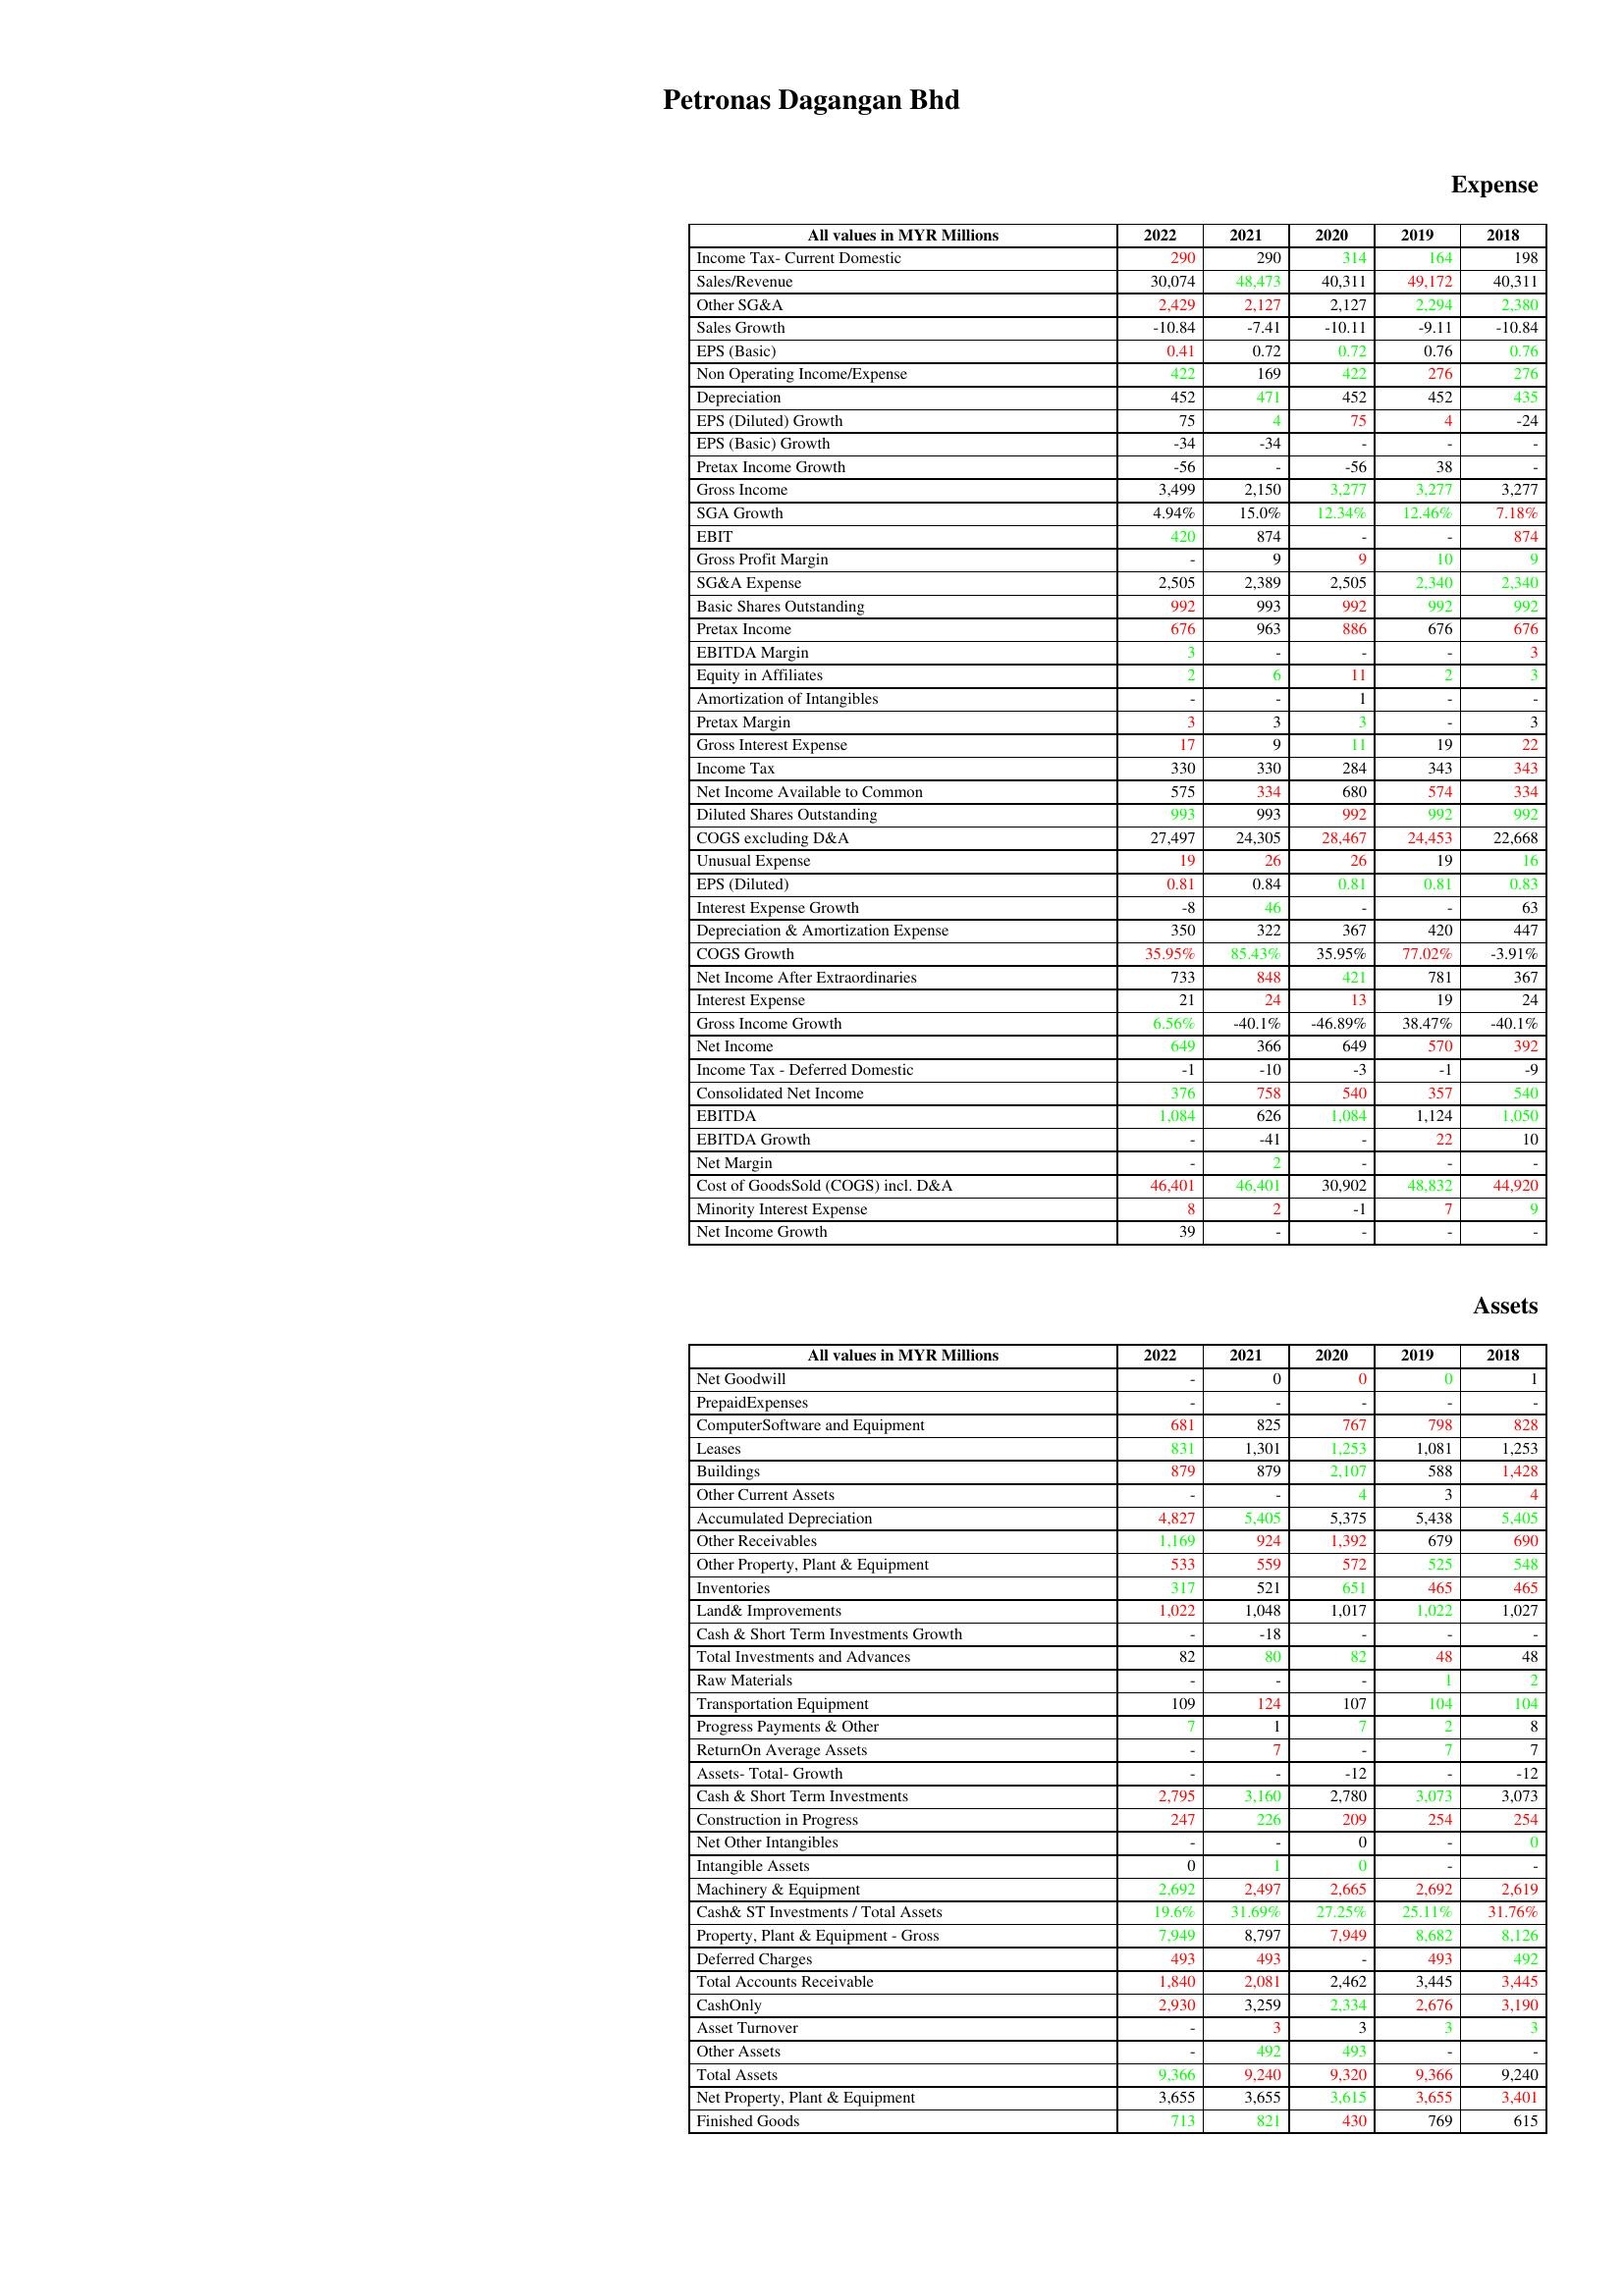
gt_parse: 2022: Expense: Income Tax- Current Domestic: 290
Sales/Revenue: 30,074
Other SG&A: 2,429
Sales Growth: -10.84
EPS (Basic): 0.41
Non Operating Income/Expense: 422
Depreciation: 452
EPS (Diluted) Growth: 75
EPS (Basic) Growth: -34
Pretax Income Growth: -56
Gross Income: 3,499
SGA Growth: 4.94%
EBIT: 420
Gross Profit Margin: -
SG&A Expense: 2,505
Basic Shares Outstanding: 992
Pretax Income: 676
EBITDA Margin: 3
Equity in Affiliates: 2
Amortization of Intangibles: -
Pretax Margin: 3
Gross Interest Expense: 17
Income Tax: 330
Net Income Available to Common: 575
Diluted Shares Outstanding: 993
COGS excluding D&A: 27,497
Unusual Expense: 19
EPS (Diluted): 0.81
Interest Expense Growth: -8
Depreciation & Amortization Expense: 350
COGS Growth: 35.95%
Net Income After Extraordinaries: 733
Interest Expense: 21
Gross Income Growth: 6.56%
Net Income: 649
Income Tax - Deferred Domestic: -1
Consolidated Net Income: 376
EBITDA: 1,084
EBITDA Growth: -
Net Margin: -
Cost of GoodsSold (COGS) incl. D&A: 46,401
Minority Interest Expense: 8
Net Income Growth: 39
Assets: Net Goodwill: -
PrepaidExpenses: -
ComputerSoftware and Equipment: 681
Leases: 831
Buildings: 879
Other Current Assets: -
Accumulated Depreciation: 4,827
Other Receivables: 1,169
Other Property, Plant & Equipment: 533
Inventories: 317
Land& Improvements: 1,022
Cash & Short Term Investments Growth: -
Total Investments and Advances: 82
Raw Materials: -
Transportation Equipment: 109
Progress Payments & Other: 7
ReturnOn Average Assets: -
Assets- Total- Growth: -
Cash & Short Term Investments: 2,795
Construction in Progress: 247
Net Other Intangibles: -
Intangible Assets: 0
Machinery & Equipment: 2,692
Cash& ST Investments / Total Assets: 19.6%
Property, Plant & Equipment - Gross : 7,949
Deferred Charges: 493
Total Accounts Receivable: 1,840
CashOnly: 2,930
Asset Turnover: -
Other Assets: -
Total Assets: 9,366
Net Property, Plant & Equipment: 3,655
Finished Goods: 713
2021: Expense: Income Tax- Current Domestic: 290
Sales/Revenue: 48,473
Other SG&A: 2,127
Sales Growth: -7.41
EPS (Basic): 0.72
Non Operating Income/Expense: 169
Depreciation: 471
EPS (Diluted) Growth: 4
EPS (Basic) Growth: -34
Pretax Income Growth: -
Gross Income: 2,150
SGA Growth: 15.0%
EBIT: 874
Gross Profit Margin: 9
SG&A Expense: 2,389
Basic Shares Outstanding: 993
Pretax Income: 963
EBITDA Margin: -
Equity in Affiliates: 6
Amortization of Intangibles: -
Pretax Margin: 3
Gross Interest Expense: 9
Income Tax: 330
Net Income Available to Common: 334
Diluted Shares Outstanding: 993
COGS excluding D&A: 24,305
Unusual Expense: 26
EPS (Diluted): 0.84
Interest Expense Growth: 46
Depreciation & Amortization Expense: 322
COGS Growth: 85.43%
Net Income After Extraordinaries: 848
Interest Expense: 24
Gross Income Growth: -40.1%
Net Income: 366
Income Tax - Deferred Domestic: -10
Consolidated Net Income: 758
EBITDA: 626
EBITDA Growth: -41
Net Margin: 2
Cost of GoodsSold (COGS) incl. D&A: 46,401
Minority Interest Expense: 2
Net Income Growth: -
Assets: Net Goodwill: 0
PrepaidExpenses: -
ComputerSoftware and Equipment: 825
Leases: 1,301
Buildings: 879
Other Current Assets: -
Accumulated Depreciation: 5,405
Other Receivables: 924
Other Property, Plant & Equipment: 559
Inventories: 521
Land& Improvements: 1,048
Cash & Short Term Investments Growth: -18
Total Investments and Advances: 80
Raw Materials: -
Transportation Equipment: 124
Progress Payments & Other: 1
ReturnOn Average Assets: 7
Assets- Total- Growth: -
Cash & Short Term Investments: 3,160
Construction in Progress: 226
Net Other Intangibles: -
Intangible Assets: 1
Machinery & Equipment: 2,497
Cash& ST Investments / Total Assets: 31.69%
Property, Plant & Equipment - Gross : 8,797
Deferred Charges: 493
Total Accounts Receivable: 2,081
CashOnly: 3,259
Asset Turnover: 3
Other Assets: 492
Total Assets: 9,240
Net Property, Plant & Equipment: 3,655
Finished Goods: 821
2020: Expense: Income Tax- Current Domestic: 314
Sales/Revenue: 40,311
Other SG&A: 2,127
Sales Growth: -10.11
EPS (Basic): 0.72
Non Operating Income/Expense: 422
Depreciation: 452
EPS (Diluted) Growth: 75
EPS (Basic) Growth: -
Pretax Income Growth: -56
Gross Income: 3,277
SGA Growth: 12.34%
EBIT: -
Gross Profit Margin: 9
SG&A Expense: 2,505
Basic Shares Outstanding: 992
Pretax Income: 886
EBITDA Margin: -
Equity in Affiliates: 11
Amortization of Intangibles: 1
Pretax Margin: 3
Gross Interest Expense: 11
Income Tax: 284
Net Income Available to Common: 680
Diluted Shares Outstanding: 992
COGS excluding D&A: 28,467
Unusual Expense: 26
EPS (Diluted): 0.81
Interest Expense Growth: -
Depreciation & Amortization Expense: 367
COGS Growth: 35.95%
Net Income After Extraordinaries: 421
Interest Expense: 13
Gross Income Growth: -46.89%
Net Income: 649
Income Tax - Deferred Domestic: -3
Consolidated Net Income: 540
EBITDA: 1,084
EBITDA Growth: -
Net Margin: -
Cost of GoodsSold (COGS) incl. D&A: 30,902
Minority Interest Expense: -1
Net Income Growth: -
Assets: Net Goodwill: 0
PrepaidExpenses: -
ComputerSoftware and Equipment: 767
Leases: 1,253
Buildings: 2,107
Other Current Assets: 4
Accumulated Depreciation: 5,375
Other Receivables: 1,392
Other Property, Plant & Equipment: 572
Inventories: 651
Land& Improvements: 1,017
Cash & Short Term Investments Growth: -
Total Investments and Advances: 82
Raw Materials: -
Transportation Equipment: 107
Progress Payments & Other: 7
ReturnOn Average Assets: -
Assets- Total- Growth: -12
Cash & Short Term Investments: 2,780
Construction in Progress: 209
Net Other Intangibles: 0
Intangible Assets: 0
Machinery & Equipment: 2,665
Cash& ST Investments / Total Assets: 27.25%
Property, Plant & Equipment - Gross : 7,949
Deferred Charges: -
Total Accounts Receivable: 2,462
CashOnly: 2,334
Asset Turnover: 3
Other Assets: 493
Total Assets: 9,320
Net Property, Plant & Equipment: 3,615
Finished Goods: 430
2019: Expense: Income Tax- Current Domestic: 164
Sales/Revenue: 49,172
Other SG&A: 2,294
Sales Growth: -9.11
EPS (Basic): 0.76
Non Operating Income/Expense: 276
Depreciation: 452
EPS (Diluted) Growth: 4
EPS (Basic) Growth: -
Pretax Income Growth: 38
Gross Income: 3,277
SGA Growth: 12.46%
EBIT: -
Gross Profit Margin: 10
SG&A Expense: 2,340
Basic Shares Outstanding: 992
Pretax Income: 676
EBITDA Margin: -
Equity in Affiliates: 2
Amortization of Intangibles: -
Pretax Margin: -
Gross Interest Expense: 19
Income Tax: 343
Net Income Available to Common: 574
Diluted Shares Outstanding: 992
COGS excluding D&A: 24,453
Unusual Expense: 19
EPS (Diluted): 0.81
Interest Expense Growth: -
Depreciation & Amortization Expense: 420
COGS Growth: 77.02%
Net Income After Extraordinaries: 781
Interest Expense: 19
Gross Income Growth: 38.47%
Net Income: 570
Income Tax - Deferred Domestic: -1
Consolidated Net Income: 357
EBITDA: 1,124
EBITDA Growth: 22
Net Margin: -
Cost of GoodsSold (COGS) incl. D&A: 48,832
Minority Interest Expense: 7
Net Income Growth: -
Assets: Net Goodwill: 0
PrepaidExpenses: -
ComputerSoftware and Equipment: 798
Leases: 1,081
Buildings: 588
Other Current Assets: 3
Accumulated Depreciation: 5,438
Other Receivables: 679
Other Property, Plant & Equipment: 525
Inventories: 465
Land& Improvements: 1,022
Cash & Short Term Investments Growth: -
Total Investments and Advances: 48
Raw Materials: 1
Transportation Equipment: 104
Progress Payments & Other: 2
ReturnOn Average Assets: 7
Assets- Total- Growth: -
Cash & Short Term Investments: 3,073
Construction in Progress: 254
Net Other Intangibles: -
Intangible Assets: -
Machinery & Equipment: 2,692
Cash& ST Investments / Total Assets: 25.11%
Property, Plant & Equipment - Gross : 8,682
Deferred Charges: 493
Total Accounts Receivable: 3,445
CashOnly: 2,676
Asset Turnover: 3
Other Assets: -
Total Assets: 9,366
Net Property, Plant & Equipment: 3,655
Finished Goods: 769
2018: Expense: Income Tax- Current Domestic: 198
Sales/Revenue: 40,311
Other SG&A: 2,380
Sales Growth: -10.84
EPS (Basic): 0.76
Non Operating Income/Expense: 276
Depreciation: 435
EPS (Diluted) Growth: -24
EPS (Basic) Growth: -
Pretax Income Growth: -
Gross Income: 3,277
SGA Growth: 7.18%
EBIT: 874
Gross Profit Margin: 9
SG&A Expense: 2,340
Basic Shares Outstanding: 992
Pretax Income: 676
EBITDA Margin: 3
Equity in Affiliates: 3
Amortization of Intangibles: -
Pretax Margin: 3
Gross Interest Expense: 22
Income Tax: 343
Net Income Available to Common: 334
Diluted Shares Outstanding: 992
COGS excluding D&A: 22,668
Unusual Expense: 16
EPS (Diluted): 0.83
Interest Expense Growth: 63
Depreciation & Amortization Expense: 447
COGS Growth: -3.91%
Net Income After Extraordinaries: 367
Interest Expense: 24
Gross Income Growth: -40.1%
Net Income: 392
Income Tax - Deferred Domestic: -9
Consolidated Net Income: 540
EBITDA: 1,050
EBITDA Growth: 10
Net Margin: -
Cost of GoodsSold (COGS) incl. D&A: 44,920
Minority Interest Expense: 9
Net Income Growth: -
Assets: Net Goodwill: 1
PrepaidExpenses: -
ComputerSoftware and Equipment: 828
Leases: 1,253
Buildings: 1,428
Other Current Assets: 4
Accumulated Depreciation: 5,405
Other Receivables: 690
Other Property, Plant & Equipment: 548
Inventories: 465
Land& Improvements: 1,027
Cash & Short Term Investments Growth: -
Total Investments and Advances: 48
Raw Materials: 2
Transportation Equipment: 104
Progress Payments & Other: 8
ReturnOn Average Assets: 7
Assets- Total- Growth: -12
Cash & Short Term Investments: 3,073
Construction in Progress: 254
Net Other Intangibles: 0
Intangible Assets: -
Machinery & Equipment: 2,619
Cash& ST Investments / Total Assets: 31.76%
Property, Plant & Equipment - Gross : 8,126
Deferred Charges: 492
Total Accounts Receivable: 3,445
CashOnly: 3,190
Asset Turnover: 3
Other Assets: -
Total Assets: 9,240
Net Property, Plant & Equipment: 3,401
Finished Goods: 615